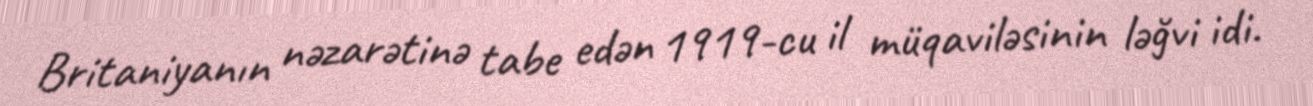
Britaniyanın nəzarətinə tabe edən 1919-cu il müqaviləsinin ləğvi idi.